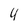
Character: 4